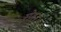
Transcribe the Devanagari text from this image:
स्प्रेगन